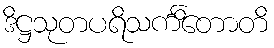
ဒိဋ္ဌသုတပရိသင်္ကိတောတိ